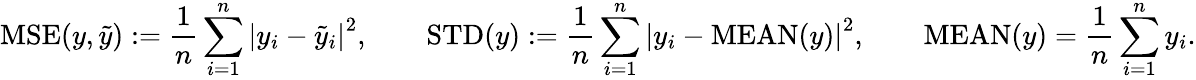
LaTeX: \mathrm{MSE}(y,\tilde{y}):=\frac{1}{n}\sum_{i=1}^{n}\left|y_{i}-\tilde{y}_{i}\right|^{2},\quad\quad\mathrm{STD}(y):=\frac{1}{n}\sum_{i=1}^{n}\left|y_{i}-\mathrm{MEAN}(y)\right|^{2},\quad\quad\mathrm{MEAN}(y)=\frac{1}{n}\sum_{i=1}^{n}y_{i}.